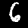
Label: 6